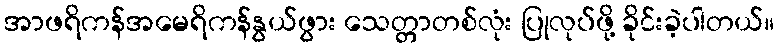
အာဖရိကန်အမေရိကန်နွယ်ဖွား သေတ္တာတစ်လုံး ပြုလုပ်ဖို့ ခိုင်းခဲ့ပါတယ်။